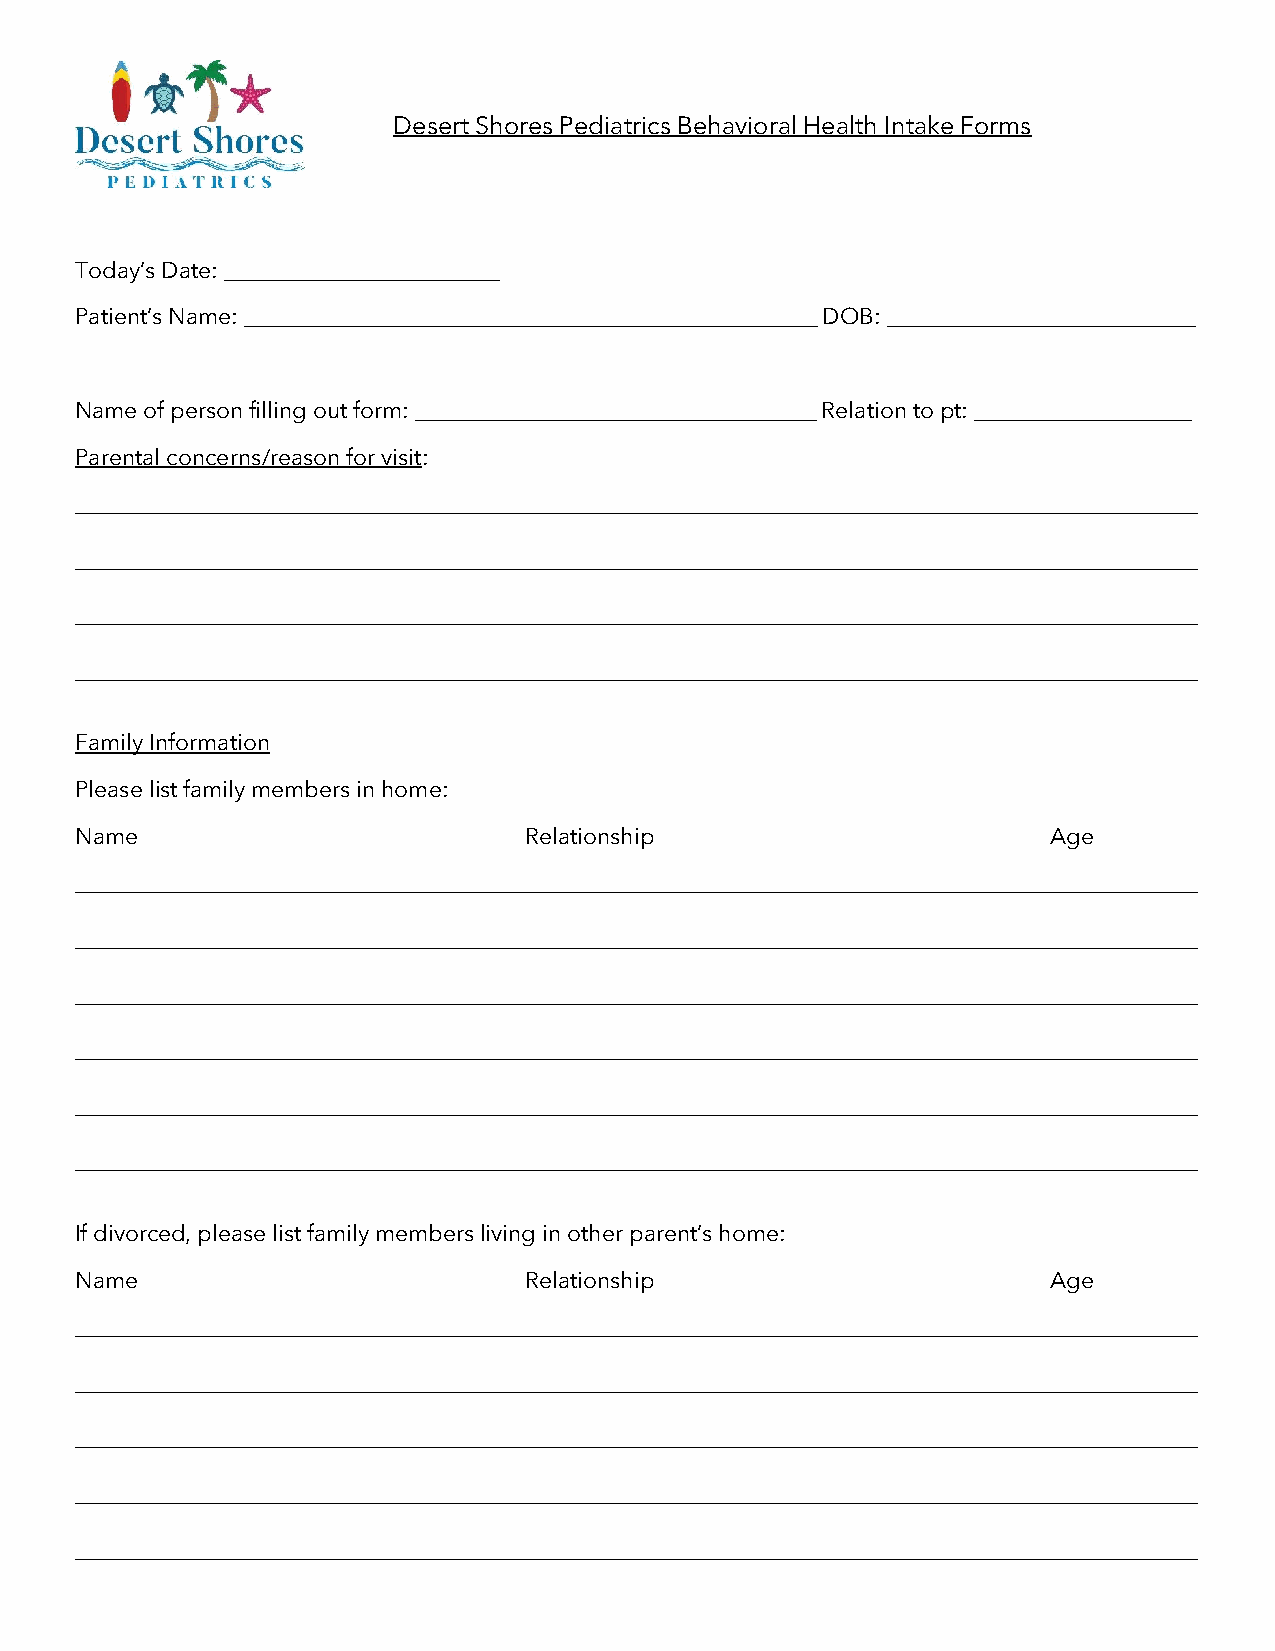
Desert Shores Pediatrics Behavioral Health Intake Forms
 Today’s Date: ________________________
 Patient’s Name: __________________________________________________ DOB: ___________________________
 Name of person filling out form: ___________________________________ Relation to pt: ___________________
 Parental concerns/reason for visit:
 __________________________________________________________________________________________________
 __________________________________________________________________________________________________
 __________________________________________________________________________________________________
 __________________________________________________________________________________________________
 Family Information
 Please list family members in home:
 Name                          Relationship                       Age
 __________________________________________________________________________________________________
 __________________________________________________________________________________________________
 __________________________________________________________________________________________________
 __________________________________________________________________________________________________
 __________________________________________________________________________________________________
 __________________________________________________________________________________________________
 If divorced, please list family members living in other parent’s home:
 Name                          Relationship                       Age
 __________________________________________________________________________________________________
 __________________________________________________________________________________________________
 __________________________________________________________________________________________________
 __________________________________________________________________________________________________
 __________________________________________________________________________________________________